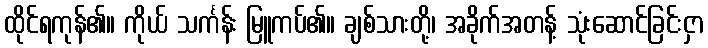
ထိုင်ရကုန်၏။ ကိုယ် သင်္ကန်း မြူကပ်၏။ ချစ်သားတို့၊ အခိုက်အတန့် သုံးဆောင်ခြင်းငှာ